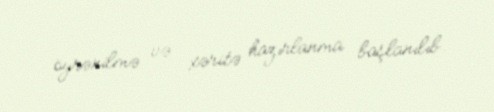
öyrənilmə və xəritə hazırlanma başlanılıb.